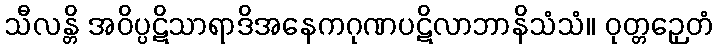
သီလန္တိ အဝိပ္ပဋိသာရာဒိအနေကဂုဏပဋိလာဘာနိသံသံ။ ဝုတ္တဉှေတံ